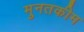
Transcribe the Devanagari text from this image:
मुनतकीम